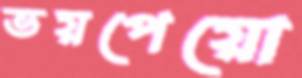
ভয়পেয়ো